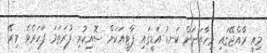
މިއީ ރާއްޖޭގައި މިހާތަނަށް ކަނޑު އަޑީގައި ޕާޓީއަކަށް ސޮއިކުރި ފުރަތަމަ ފަހަރެވެ. މިރޭ